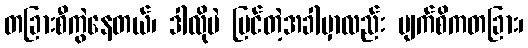
တခြားစီကွဲနေတယ်၊ ဒါလိုပဲ မြင်တဲ့အခါမှာလည်း မျက်စိကတခြား၊